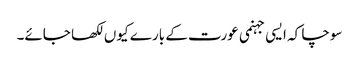
سوچا کہ ایسی جہنمی عورت کے بارے کیوں لکھا جائے۔